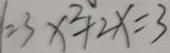
1 = 2 3 x ^ { 2 } + 2 x = 3